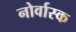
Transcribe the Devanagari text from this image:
नोर्वास्क